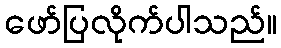
ဖော်ပြလိုက်ပါသည်။